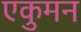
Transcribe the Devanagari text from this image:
एकुमन